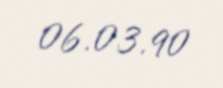
06.03.90